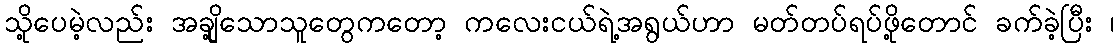
သို့ပေမဲ့လည်း အချို့သောသူတွေကတော့ ကလေးငယ်ရဲ့အရွယ်ဟာ မတ်တပ်ရပ်ဖို့တောင် ခက်ခဲ့ပြီး ၊